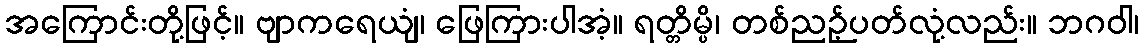
အကြောင်းတို့ဖြင့်။ ဗျာကရေယျံ၊ ဖြေကြားပါအံ့။ ရတ္တိမ္ပိ၊ တစ်ညဉ့်ပတ်လုံ့လည်း။ ဘဂဝါ၊